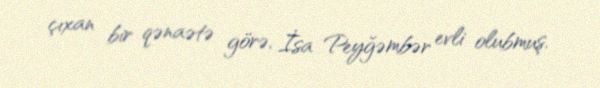
çıxan bir qənaətə görə, İsa Peyğəmbər evli olubmuş.